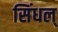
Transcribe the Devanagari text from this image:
सिंधल्